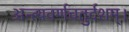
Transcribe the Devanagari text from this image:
अन्त्यवर्णचतुर्दशम्।